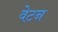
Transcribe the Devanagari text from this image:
वेटन